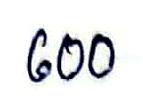
600